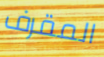
المقرف